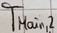
Text: TMain,2